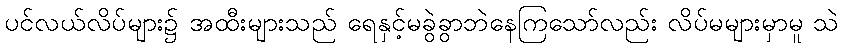
ပင်လယ်လိပ်များ၌ အထီးများသည် ရေနှင့်မခွဲခွာဘဲနေကြသော်လည်း လိပ်မများမှာမူ သဲ